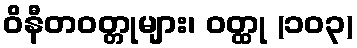
ဝိနီတဝတ္တုများ၊ ဝတ္ထု (၁၀၃)